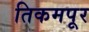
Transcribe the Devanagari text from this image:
तिकमपूर